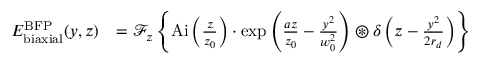
\begin{array} { r l } { E _ { \mathrm { b i a x i a l } } ^ { \mathrm { B F P } } ( y , z ) } & { = \ensuremath { \mathcal { F } } _ { z } \left\{ \ensuremath { \mathrm { A i } } \left( \frac { z } { z _ { 0 } } \right) \cdot \exp \left( \frac { a z } { z _ { 0 } } - \frac { y ^ { 2 } } { w _ { 0 } ^ { 2 } } \right) \ensuremath { \circledast } \delta \left( z - \frac { y ^ { 2 } } { 2 r _ { d } } \right) \right\} } \end{array}